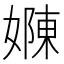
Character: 𭒜